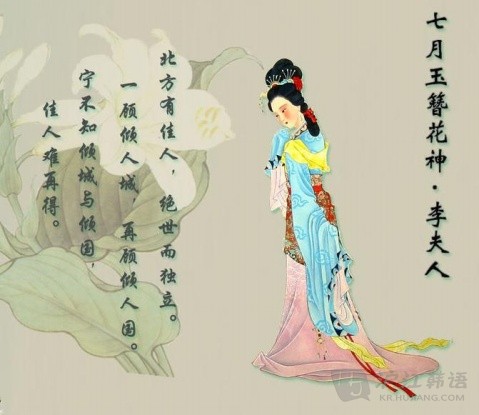
自昔佳人多薄命，对古来一片伤心月。